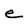
Character: e